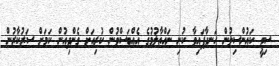
ސިޓީ ކައުންސިލުން ހަނދާފައިވާ ކުނި ނައްތާލުމުގެ އެއްބަސްވުން ކުރިއަށް ގެންދިއުން ކަމަށް ސަރުކާރުން